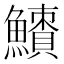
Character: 𩼜